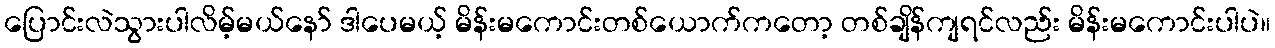
ပြောင်းလဲသွားပါလိမ့်မယ်နော် ဒါပေမယ့် မိန်းမကောင်းတစ်ယောက်ကတော့ တစ်ချိန်ကျရင်လည်း မိန်းမကောင်းပါပဲ။